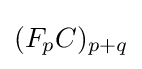
(F_{p}C)_{p+q}